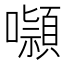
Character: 𭌑